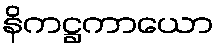
နိကဋ္ဌကာယော